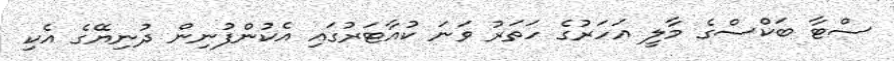
ސްޓާ ބަކްސްގެ މާލީ އަހަރުގެ ހަތަރު ވަނަ ކުއާޓަރުގައި އެކުންފުނިން ދުނިޔޭގެ އެކި